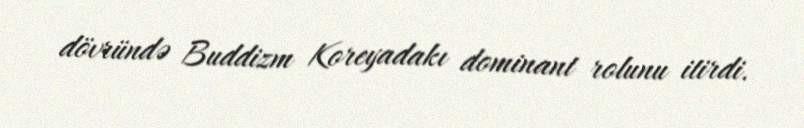
dövründə Buddizm Koreyadakı dominant rolunu itirdi.